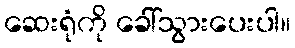
ဆေးရုံကို ခေါ်သွားပေးပါ။